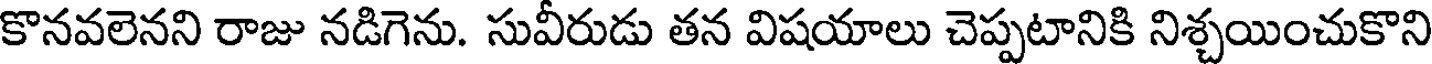
కొనవలెనని రాజు నడిగెను. సువీరుడు తన విషయాలు చెప్పటానికి నిశ్చయించుకొని